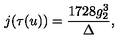
j ( \tau ( u ) ) = \frac { 1 7 2 8 g _ { 2 } ^ { 3 } } { \Delta } ,